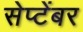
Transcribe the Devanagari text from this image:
सेप्टेंबर